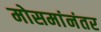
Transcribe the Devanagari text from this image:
मोसमांनंतर